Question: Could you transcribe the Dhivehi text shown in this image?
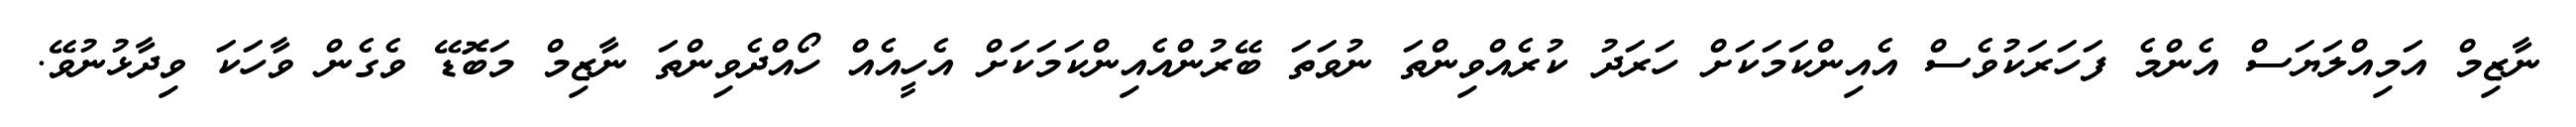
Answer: ނާޒިމް އަމިއްލަޔަސް އެންމެ ފަހަރަކުވެސް އެއިންކަމަކަށް ހަރަދު ކުރެއްވިންތަ ނުވަތަ ބޭރުންއެއިންކަމަކަށް އެހީއެއް ހޯއްދެވިންތަ ނާޒިމް މަބޮޑޭ ވެގެން ވާހަކަ ވިދާޅުނުވޭ.